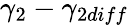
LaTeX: \gamma_{2}-\gamma_{2diff}